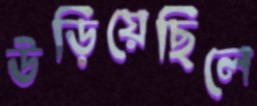
উড়িয়েছিলে